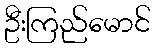
ဦးကြည်မောင်